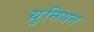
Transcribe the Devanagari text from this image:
य़ुनियन